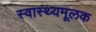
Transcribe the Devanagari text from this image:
स्वास्थ्यमूलक